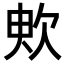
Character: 𣢧